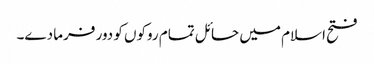
فتح اسلام میں حائل تمام روکوں کو دور فرما دے۔